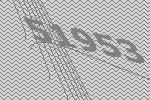
51953